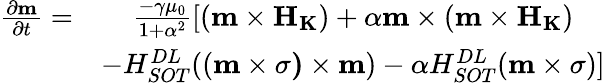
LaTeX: \begin{array}{cc}{\frac{{\partial}{\mathbf{m}}}{{\partial}t}=}&{\frac{-\gamma{\mu}_{0}}{1+{\alpha}^{2}}[({\mathbf{m}}\times{\mathbf{{H}}}_{\mathbf{{K}}})+\alpha{\mathbf{m}}\times({\mathbf{m}}\times{\mathbf{{H}}}_{\mathbf{{K}}})}\\ &{-H_{{SOT}}^{{DL}}(({\mathbf{m}}\times{\mathbf{\sigma}}\mathbf{)}\times{\mathbf{m}})-\alpha H_{{SOT}}^{{DL}}({\mathbf{m}}\times{\mathbf{\sigma}})]}\end{array}